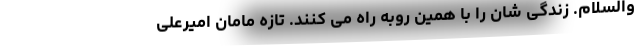
والسلام. زندگی شان را با همین روبه راه می کنند. تازه مامان امیرعلی